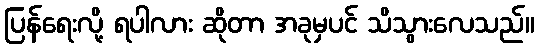
ပြန်ရေးလို့ ရပါလား ဆိုတာ အခုမှပင် သိသွားလေသည်။